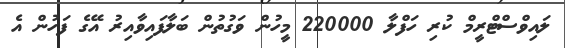
ލައިވްސްޓްރީމް ކުރި ހަފްލާ 220000 މީހުން ވަގުތުން ބަލާފައިވާއިރު އޭގެ ފަހުން އެ